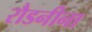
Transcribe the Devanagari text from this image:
रौडनीना